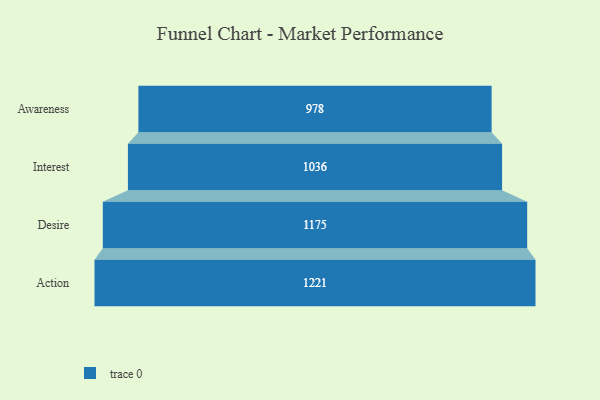
{"axis": {"x": "Stage", "y": "Value"}, "legend": [""], "data": [{"x": "Awareness", "y": 978.0, "type": ""}, {"x": "Interest", "y": 1036.0, "type": ""}, {"x": "Desire", "y": 1175.0, "type": ""}, {"x": "Action", "y": 1221.0, "type": ""}]}